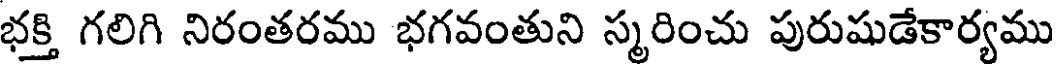
భక్తి గలిగి నిరంతరము భగవంతుని స్మరించు పురుషుడేకార్యము